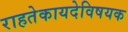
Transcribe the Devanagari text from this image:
राहतेकायदेविषयक